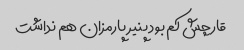
قارچش کم بود پنیر پارمزان هم نداشت